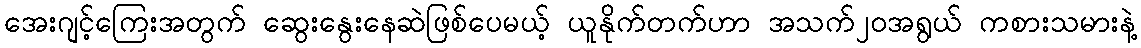
အေးဂျင့်ကြေးအတွက် ဆွေးနွေးနေဆဲဖြစ်ပေမယ့် ယူနိုက်တက်ဟာ အသက်၂၀အရွယ် ကစားသမားနဲ့